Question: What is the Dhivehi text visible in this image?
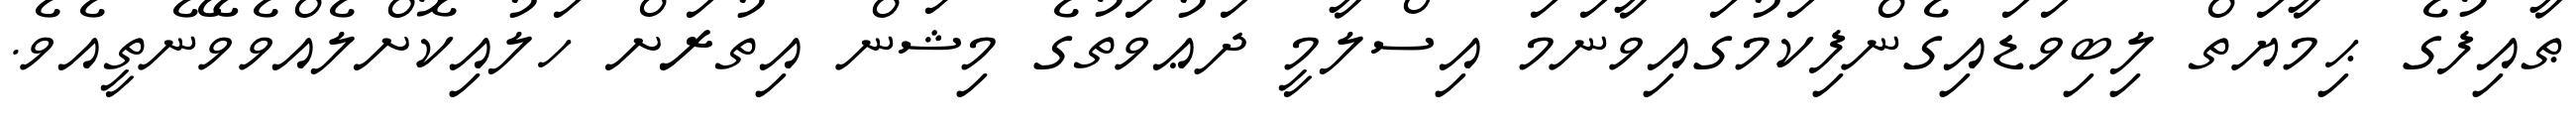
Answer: ޠާއިފުގެ ޙިމާޔަތް ލިބިވަޑައިގެންފިކަމުގައިވާނަމަ އިސްލާމީ ދަޢުވަތުގެ މިޝަން އިތުރަށް ހަލުއިކޮށްލެއްވެވޭނެތީއެވެ.